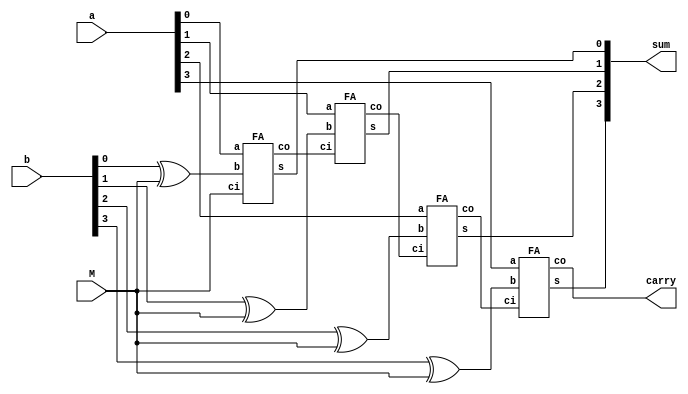
// 4 bit adder and  subtractor
module ripple_carry_adder_sub_4bit (sum,carry,a,b,M);
// M is selection bit; M=0 -> add; M=1 -> sub;
output [3:0] sum;        
output carry;
input [3:0] a;
input [3:0] b;
input M;

wire [2:0] c;
wire [3: 0] b_xor_M;

xor (b_xor_M[0], b[0], M);
xor (b_xor_M[1], b[1], M);
xor (b_xor_M[2], b[2], M);
xor (b_xor_M[3], b[3], M);

// 4 instances of individual full adder blocks
FA FA0 (.s(sum[0]),.co(c[0]),.a(a[0]),.b(b_xor_M[0]),.ci(M));
FA FA1 (.s(sum[1]),.co(c[1]),.a(a[1]),.b(b_xor_M[1]),.ci(c[0]));
FA FA2 (.s(sum[2]),.co(c[2]),.a(a[2]),.b(b_xor_M[2]),.ci(c[1]));
FA FA3 (.s(sum[3]),.co(carry),.a(a[3]),.b(b_xor_M[3]),.ci(c[2]));

endmodule

// module declaration for FA.
module FA (s,co,a,b,ci);
output s,co;
input a,b,ci;
wire pp1,pp2,pp3,pp4,a_b,b_b,c_b,px1,px2,px3,px4,px5,px6,px7,px8,x1,x2;
//Gate level implementation of FA.
//-----Implementing 3 input XOR gate for SUM------------//
 not (a_b,a); //~a
 not (b_b,b); //~b
 not (c_b,ci); //~c

 and (px1,a_b,b);
 and (px2,px1,c_b);
 and (px3,a,b_b);
 and (px4,px3,c_b);
 and (px5,a,b);
 and (px6,px5,ci);
 and (px7,a_b,b_b);
 and (px8,px7,ci);
 or (x1,px2,px4);
 or (x2,px6,px8);
 or (s,x1,x2);


//------Implementing carry logic------------------------//
 and (pp1,a,b);
 and (pp2,b,ci);
 and (pp3,a,ci);
 or (pp4,pp1,pp2);
 or (co,pp4,pp3);
endmodule